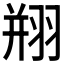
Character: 𦐵